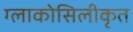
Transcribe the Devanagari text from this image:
ग्लाकोसिलीकृत